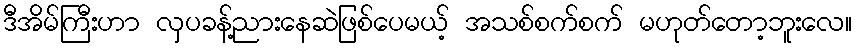
ဒီအိမ်ကြီးဟာ လှပခန့်ညားနေဆဲဖြစ်ပေမယ့် အသစ်စက်စက် မဟုတ်တော့ဘူးလေ။